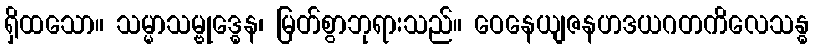
ရှိထသော။ သမ္မာသမ္ဗုဒ္ဓေန၊ မြတ်စွာဘုရားသည်။ ဝေနေယျဇနဟဒယဂတကိလေသန္ဓ